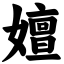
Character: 嬗